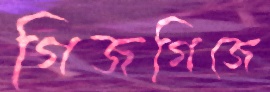
গিজগিজে